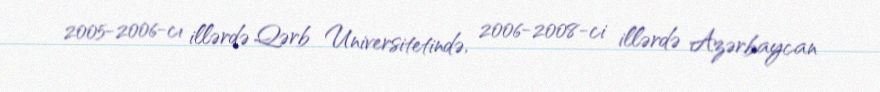
2005-2006-cı illərdə Qərb Universitetində, 2006-2008-ci illərdə Azərbaycan